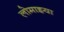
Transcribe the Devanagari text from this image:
लोमाइया